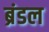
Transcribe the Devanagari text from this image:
ब्रंडल